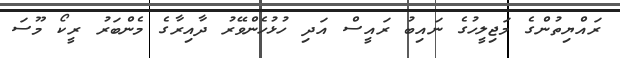
ރައްޔިތުންގެ މަޖިލީހުގެ ނައިބު ރައީސް އަދި ހުޅުހެންވޭރު ދާއިރާގެ މެންބަރު ރީކޯ މޫސަ